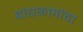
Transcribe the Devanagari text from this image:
बांधकामांचा